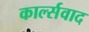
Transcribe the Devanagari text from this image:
कार्ल्सवाद